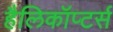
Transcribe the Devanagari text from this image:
हैलिकॉप्टर्स